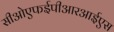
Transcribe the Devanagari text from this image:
सीओएफईपीआरआईएस